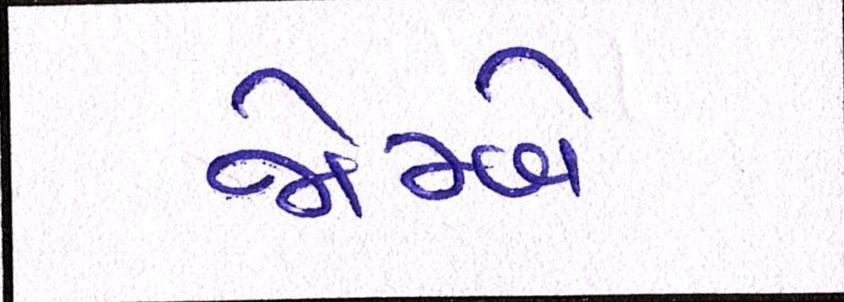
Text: જોમ્બે